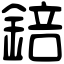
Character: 錇